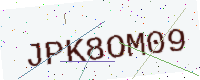
Text: JPK8OM09